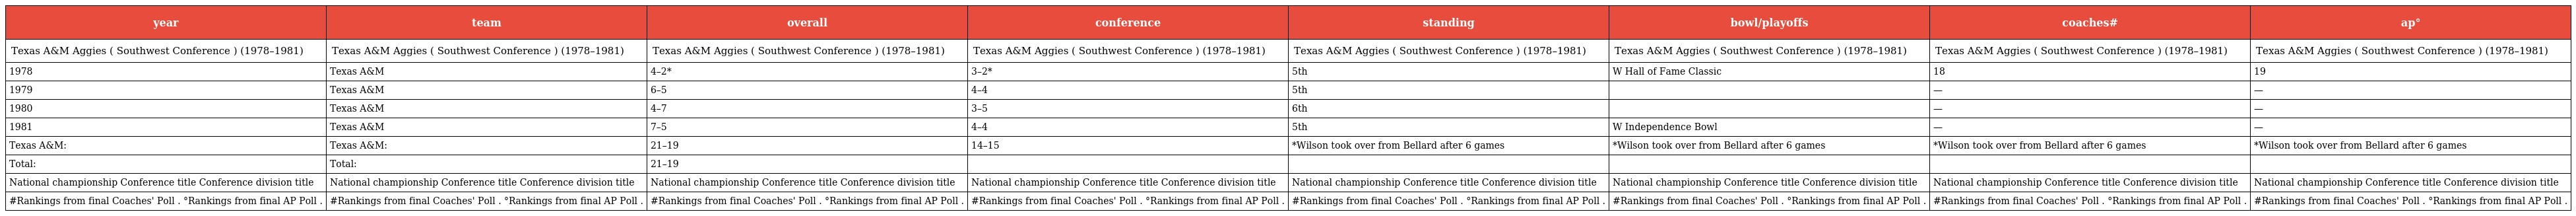
| year | team | overall | conference | standing | bowl/playoffs | coaches# | ap° |
 | --- | --- | --- | --- | --- | --- | --- | --- |
 | Texas A&M Aggies ( Southwest Conference ) (1978–1981) | Texas A&M Aggies ( Southwest Conference ) (1978–1981) | Texas A&M Aggies ( Southwest Conference ) (1978–1981) | Texas A&M Aggies ( Southwest Conference ) (1978–1981) | Texas A&M Aggies ( Southwest Conference ) (1978–1981) | Texas A&M Aggies ( Southwest Conference ) (1978–1981) | Texas A&M Aggies ( Southwest Conference ) (1978–1981) | Texas A&M Aggies ( Southwest Conference ) (1978–1981) |
 | 1978 | Texas A&M | 4–2* | 3–2* | 5th | W Hall of Fame Classic | 18 | 19 |
 | 1979 | Texas A&M | 6–5 | 4–4 | 5th |  | — | — |
 | 1980 | Texas A&M | 4–7 | 3–5 | 6th |  | — | — |
 | 1981 | Texas A&M | 7–5 | 4–4 | 5th | W Independence Bowl | — | — |
 | Texas A&M: | Texas A&M: | 21–19 | 14–15 | *Wilson took over from Bellard after 6 games | *Wilson took over from Bellard after 6 games | *Wilson took over from Bellard after 6 games | *Wilson took over from Bellard after 6 games |
 | Total: | Total: | 21–19 |  |  |  |  |  |
 | National championship Conference title Conference division title | National championship Conference title Conference division title | National championship Conference title Conference division title | National championship Conference title Conference division title | National championship Conference title Conference division title | National championship Conference title Conference division title | National championship Conference title Conference division title | National championship Conference title Conference division title |
 | #Rankings from final Coaches' Poll . °Rankings from final AP Poll . | #Rankings from final Coaches' Poll . °Rankings from final AP Poll . | #Rankings from final Coaches' Poll . °Rankings from final AP Poll . | #Rankings from final Coaches' Poll . °Rankings from final AP Poll . | #Rankings from final Coaches' Poll . °Rankings from final AP Poll . | #Rankings from final Coaches' Poll . °Rankings from final AP Poll . | #Rankings from final Coaches' Poll . °Rankings from final AP Poll . | #Rankings from final Coaches' Poll . °Rankings from final AP Poll . |